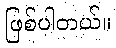
ဖြစ်ပါတယ်။